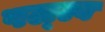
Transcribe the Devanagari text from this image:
पल्ल्व